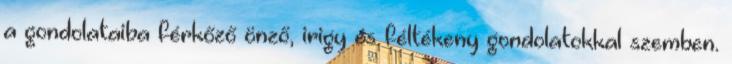
a gondolataiba férkőző önző, irigy és féltékeny gondolatokkal szemben.